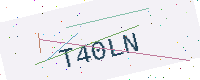
Text: T40LN